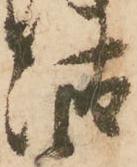
汰